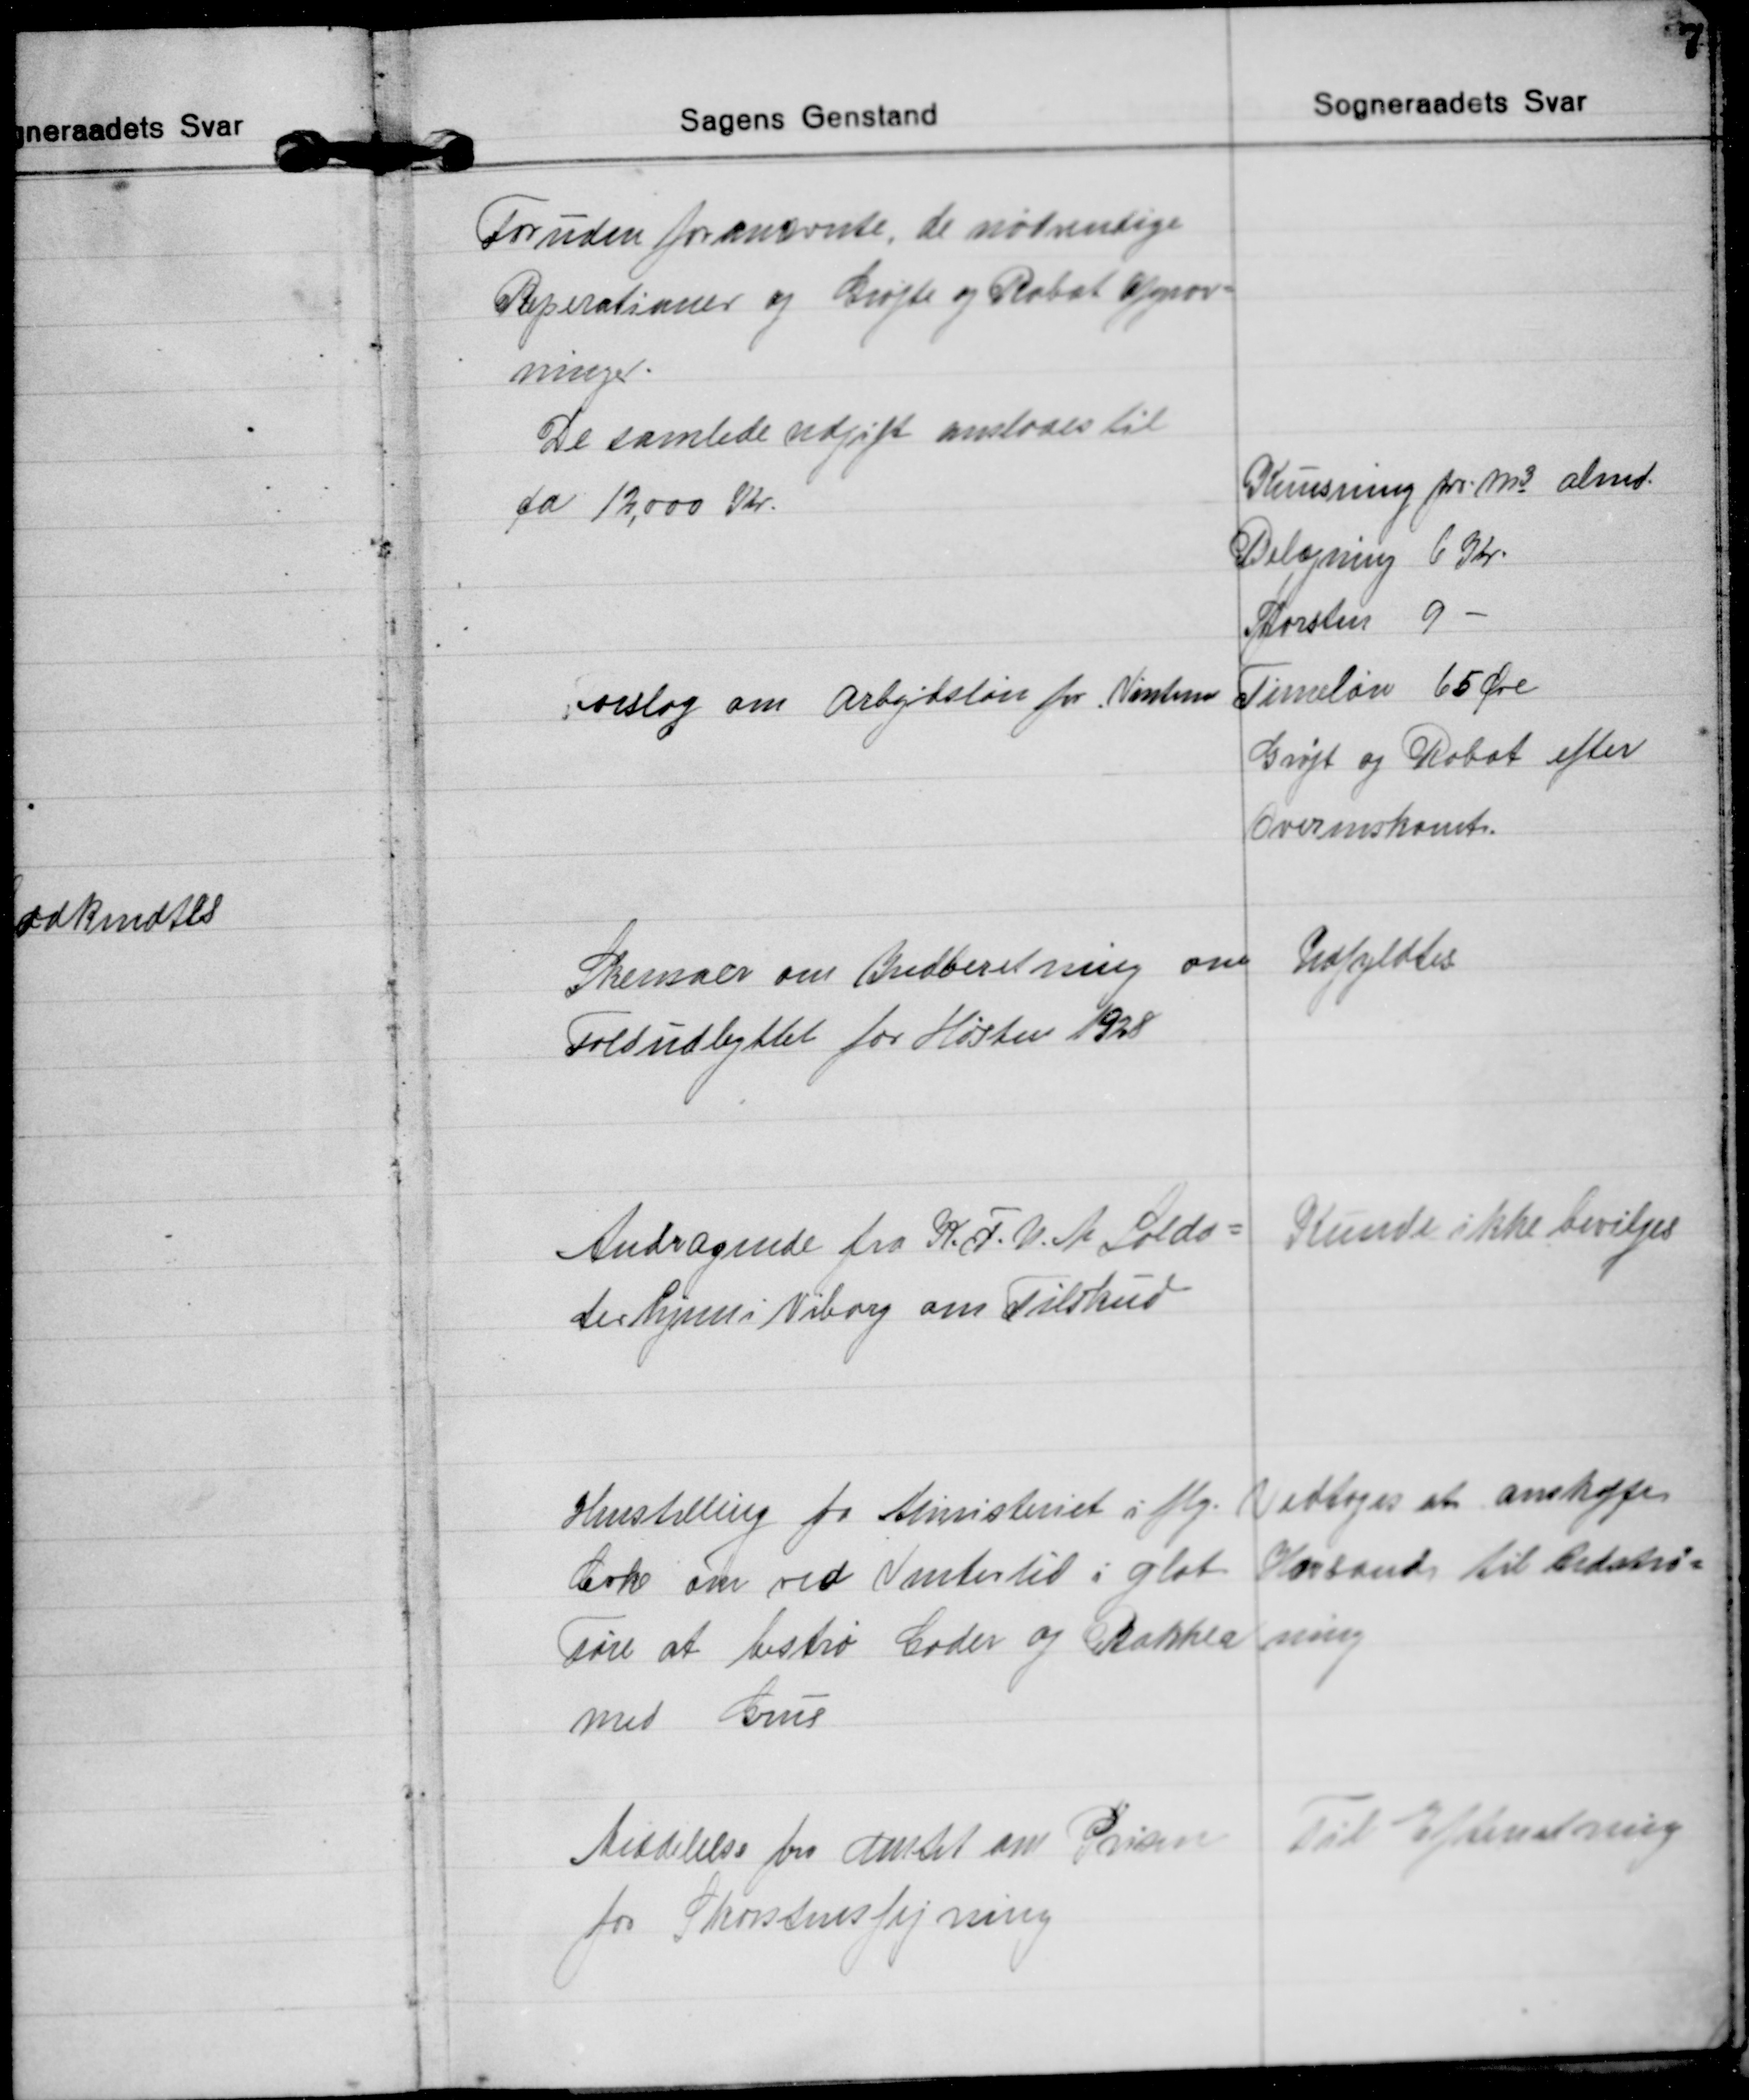
Transskription:
Foruden forannævnte, de nødvendige
Reperationer og Grøfte og Rabat Afgrav=
ninger.
De samlede udgift anslaaes til
ca 12,000 Kr.
Forslag om Arbejdsløn for Vinteren
Knusning pr m³ almd.
Belægning 6 Kr.
Sporsten 
9 
Timeløn 65 Øre
Grøft og Rabat efter
Overenskomst.
Skemaer om Indberetning om
Foldudbyttet for Høsten 1928
Udfyldtes.
Andragende fra K.F.U.M. Solda=
terhjem i Viborg om Tilskud
Kunde ikke bevilges
Henstilling fra Ministeriet i flg.
Crk om ved Vintertid i glat
Føre at bestrø Gader og Bakker
med Grus
Vedtoges at anskaffe
Havsand til Udstrø=
ning
Meddelelse fra Amtet om Prisen
for Skorstensfejning
Til Efterretning